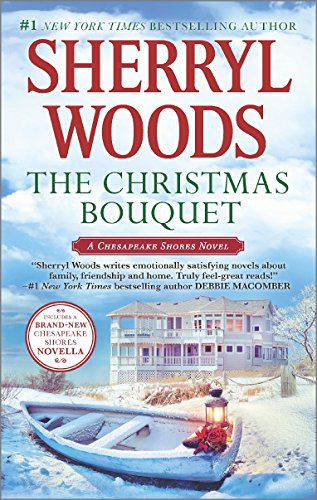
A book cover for The Christmas Bouquet: Bayside Retreat (A Chesapeake Shores Novel); Sherryl Woods; Romance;